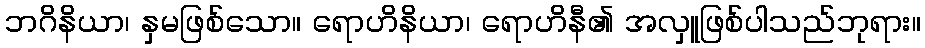
ဘဂိနိယာ၊ နှမဖြစ်သော။ ရောဟိနိယာ၊ ရောဟိနီ၏ အလှူဖြစ်ပါသည်ဘုရား။